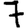
Digit: 7